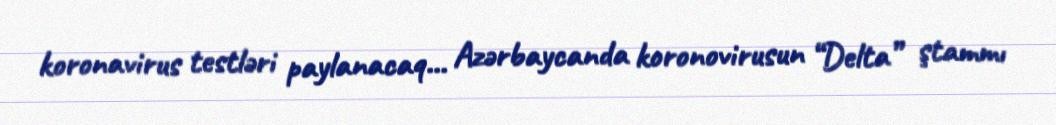
koronavirus testləri paylanacaq... Azərbaycanda koronovirusun “Delta” ştammı